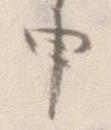
申